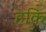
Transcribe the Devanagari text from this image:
हकि